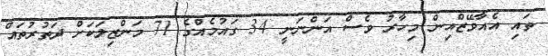
ތައި އެއާވޭޒްއިން މިހާރު ވެސް އަންނަނީ 34 ގައުމެއްގެ 71 މަންޒިލަކަށް ދަތުރުތައް